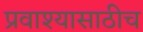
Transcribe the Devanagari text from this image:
प्रवाश्यासाठीच